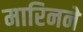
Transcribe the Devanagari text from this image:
मारिनने